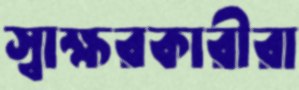
স্বাক্ষরকারীরা